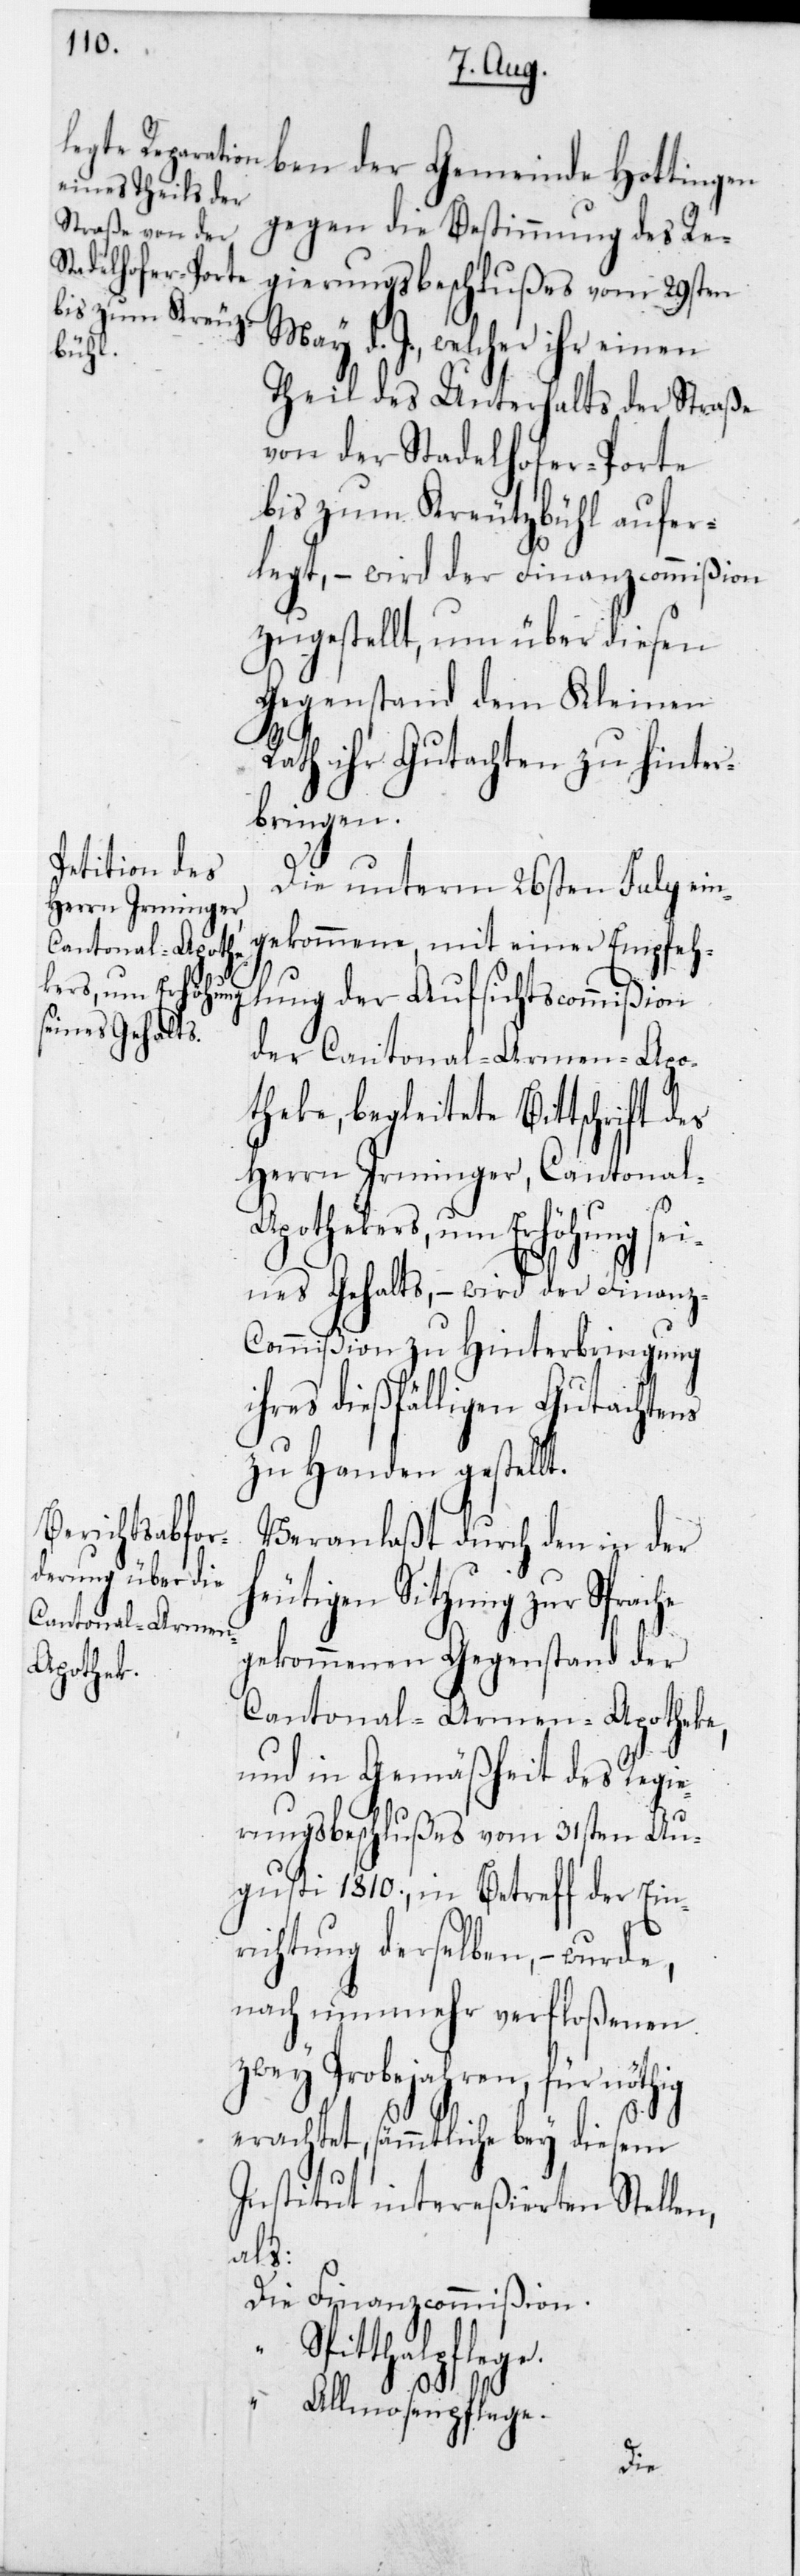
ben der Gemeinde Hottingen
gegen die Bestimmung des Re¬
gierungsbeschlußes vom 29sten
d. J., welcher ihr einen
Theil des Unterhalts der Straße
von der Stadelhofer-Porte
bis zum Kreuzbühl aufer¬
legt, – wird der Finanzcommißion
zugestellt, um über diesen
Gegenstand dem Kleinen
Rath ihr Gutachten zu hinter¬
bringen.
Die unterm 26sten July ein¬
gekommene, mit einer Empfehl¬
ung der Aufsichtscommißion
der Cantonal-Armen-Apo¬
theke, begleitete Bittschrift des
Herrn Irminger, Cantonal-A¬
pothekers, um Erhöhung sei¬
nes Gehalts, – wird der Finanz-C¬
ommißion zu Hinterbringung
ihres dießfälligen Gutachtens
zu Handen gestellt.
Veranlaßt durch den in der
igen Sitzung zur Spr¬
gekommenen Gegenstand der
Cantonal-Armen-Apotheke,
und in Gemäßheit des Regie¬
rungsbeschlußes vom 31sten Au¬
gusti 1810, in Betreff der Ein¬
richtung derselben, – wurde,
nach nunmehr verfloßenen
zwey Probejahren, für nöthig
erachtet, sämmtliche bey diesem
Institut intereßierten Stellen,
ege.
Finanzcommißion.
Spitthalpfl¬
Allmosenpflege.
Die